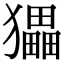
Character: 𤢹